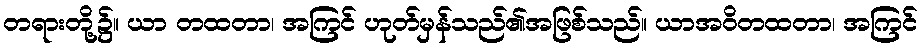
တရားတို့၌။ ယာ တထတာ၊ အကြင် ဟုတ်မှန်သည်၏အဖြစ်သည်။ ယာအဝိတထတာ၊ အကြင်